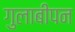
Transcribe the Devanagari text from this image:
गुलाबीपन